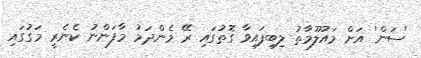
'ސަން' އަށް މައުލޫމާތު ލިބިފައިވާ ގޮތުގައި ރޭ މެންދަމު މާފަންނު ކެނެރީ މަގުގައި